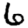
Digit: 6